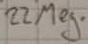
Text: 22 Meg.